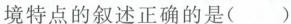
境特点的叙述正确的是( )